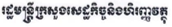
រដ្ធមន្រ្តីក្រសួងសេដ្ឋកិច្ចនិងហិរញ្ញវត្ថុ